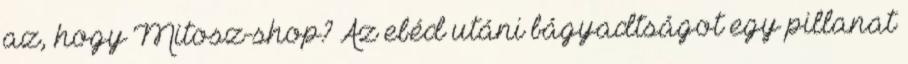
az, hogy Mitosz-shop? Az ebéd utáni bágyadtságot egy pillanat